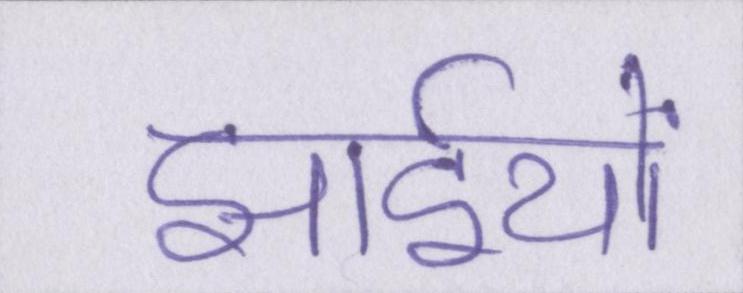
झाईयों